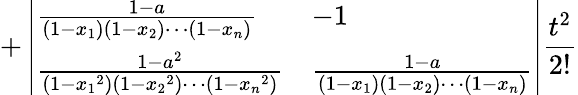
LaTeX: +\left|\begin{array}{ll}{\frac{1-a}{\left(1-{x_{1}}\right)\left(1-{x_{2}}\right)\cdots\left(1-{x_{n}}\right)}}&{-1}\\ {\frac{1-a^{2}}{\left(1-{x_{1}}^{2}\right)\left(1-{x_{2}}^{2}\right)\cdots\left(1-{x_{n}}^{2}\right)}}&{\frac{1-a}{\left(1-{x_{1}}\right)\left(1-{x_{2}}\right)\cdots\left(1-{x_{n}}\right)}}\end{array}\right|\frac{t^{2}}{2!}